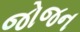
જોજન